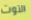
التوت